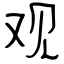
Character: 观